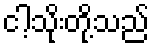
ငါ့သိုးတို့သည်